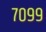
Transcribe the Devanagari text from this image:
७०९९